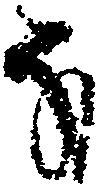
な